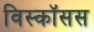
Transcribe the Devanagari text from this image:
विस्कॉसस